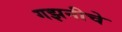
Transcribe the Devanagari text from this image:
गझनीचे